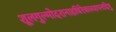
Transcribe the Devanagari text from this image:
शूलगुल्मोदरानाहधिरेकास्थापनादिषु